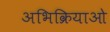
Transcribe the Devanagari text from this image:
अभिक्रियाओ